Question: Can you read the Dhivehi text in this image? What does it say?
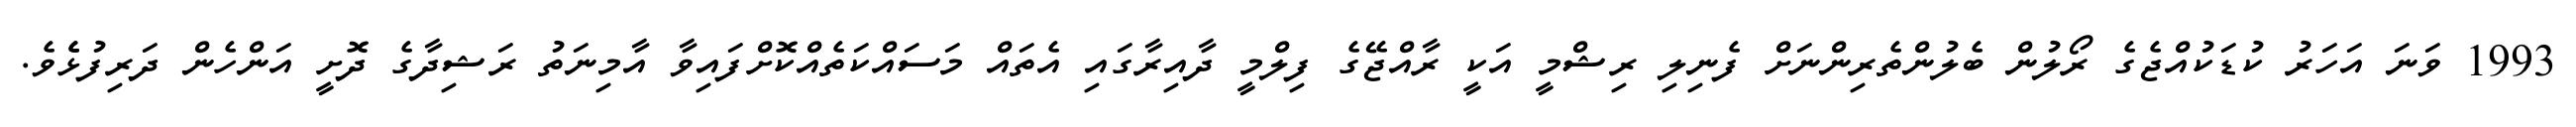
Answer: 1993 ވަނަ އަހަރު ކުޑަކުއްޖެގެ ރޯލުން ބެލުންތެރިންނަށް ފެނިލި ރިޝްމީ އަކީ ރާއްޖޭގެ ފިލްމީ ދާއިރާގައި އެތައް މަސައްކަތެއްކޮށްފައިވާ އާމިނަތު ރަޝިދާގެ ދޮށީ އަންހެން ދަރިފުޅެެވެ.